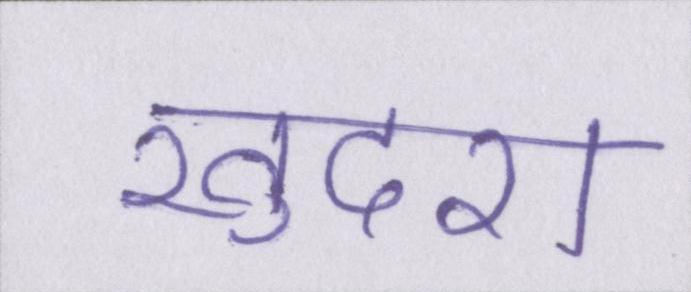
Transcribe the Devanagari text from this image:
खुदरा